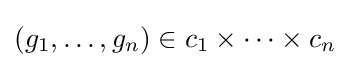
(g_{1},\ldots ,g_{n})\in c_{1}\times \cdots \times c_{n}